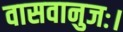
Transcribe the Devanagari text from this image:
वासवानुजः।